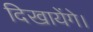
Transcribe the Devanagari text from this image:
दिखायेंगे।